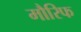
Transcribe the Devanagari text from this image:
मौरिफ